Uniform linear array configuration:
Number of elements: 32
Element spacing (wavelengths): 0.75
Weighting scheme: binomial
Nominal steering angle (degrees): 30
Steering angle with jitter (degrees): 31.684
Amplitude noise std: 0.05
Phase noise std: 0.05

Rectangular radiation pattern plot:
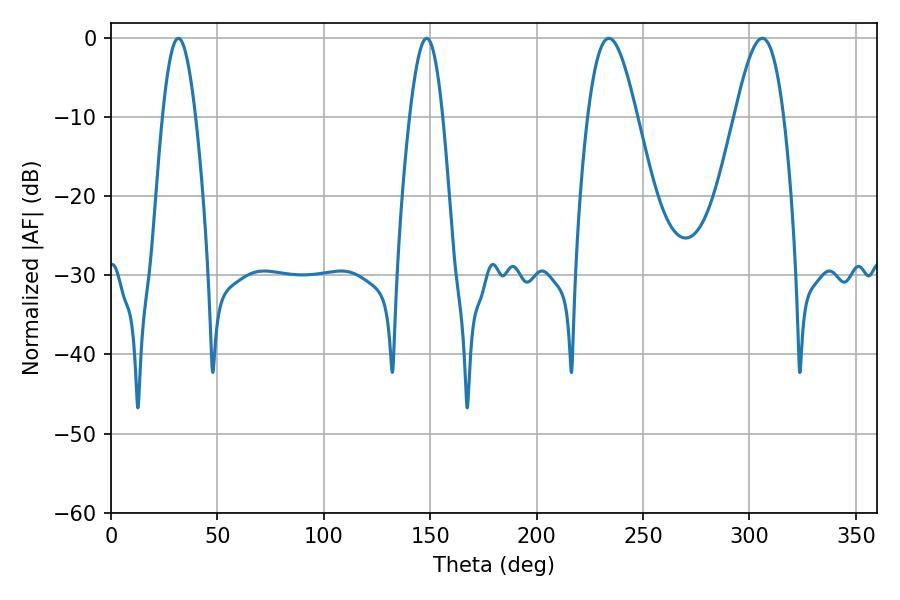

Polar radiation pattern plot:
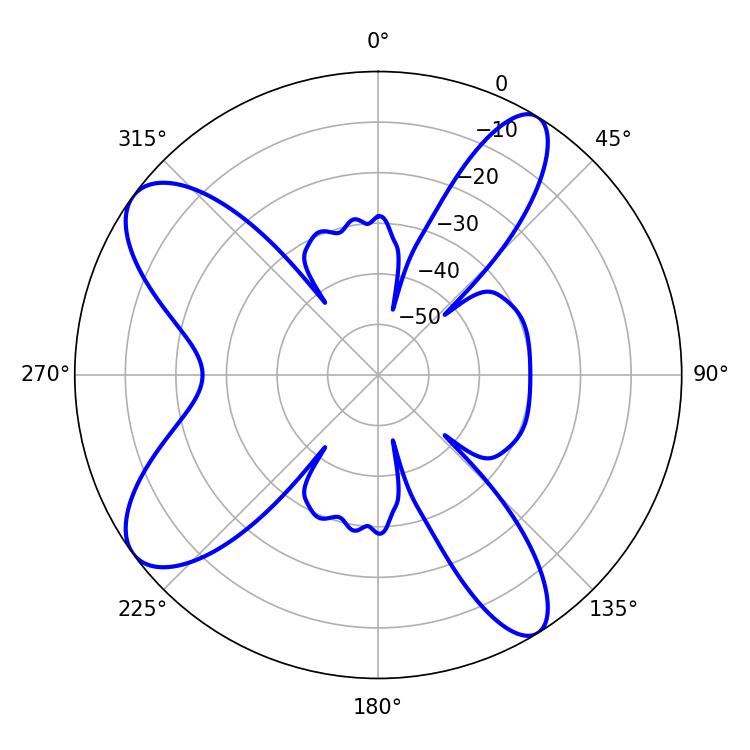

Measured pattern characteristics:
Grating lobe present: TRUE
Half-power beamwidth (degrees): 8.46
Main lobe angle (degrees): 31.68